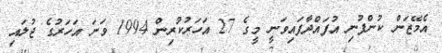
އެމޭޒަން ކުންފުނި އުފައްދާފައިވަނީ މީގެ 27 އަހަރުކުރިން 1994 ވަނަ އަހަރުގެ ޖުލައި